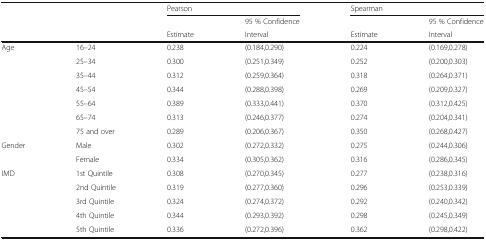
<table><thead><tr><td rowspan="3" colspan="2"></td><td colspan="2"><b>Pearson</b></td><td colspan="2"><b>Spearman</b></td></tr><tr><td></td><td><b>95 % Confidence</b></td><td></td><td><b>95 % Confidence</b></td></tr><tr><td><b>Estimate</b></td><td><b>Interval</b></td><td><b>Estimate</b></td><td><b>Interval</b></td></tr></thead><tbody><tr><td rowspan="7">Age</td><td>16–24</td><td>0.238</td><td>(0.184,0.290)</td><td>0.224</td><td>(0.169,0.278)</td></tr><tr><td>25–34</td><td>0.300</td><td>(0.251,0.349)</td><td>0.252</td><td>(0.200,0.303)</td></tr><tr><td>35–44</td><td>0.312</td><td>(0.259,0.364)</td><td>0.318</td><td>(0.264,0.371)</td></tr><tr><td>45–54</td><td>0.344</td><td>(0.288,0.398)</td><td>0.269</td><td>(0.209,0.327)</td></tr><tr><td>55–64</td><td>0.389</td><td>(0.333,0.441)</td><td>0.370</td><td>(0.312,0.425)</td></tr><tr><td>65–74</td><td>0.313</td><td>(0.246,0.377)</td><td>0.274</td><td>(0.204,0.341)</td></tr><tr><td>75 and over</td><td>0.289</td><td>(0.206,0.367)</td><td>0.350</td><td>(0.268,0.427)</td></tr><tr><td rowspan="2">Gender</td><td>Male</td><td>0.302</td><td>(0.272,0.332)</td><td>0.275</td><td>(0.244,0.306)</td></tr><tr><td>Female</td><td>0.334</td><td>(0.305,0.362)</td><td>0.316</td><td>(0.286,0.345)</td></tr><tr><td rowspan="5">IMD</td><td>1st Quintile</td><td>0.308</td><td>(0.270,0.345)</td><td>0.277</td><td>(0.238,0.316)</td></tr><tr><td>2nd Quintile</td><td>0.319</td><td>(0.277,0.360)</td><td>0.296</td><td>(0.253,0.339)</td></tr><tr><td>3rd Quintile</td><td>0.324</td><td>(0.274,0.372)</td><td>0.292</td><td>(0.240,0.342)</td></tr><tr><td>4th Quintile</td><td>0.344</td><td>(0.293,0.392)</td><td>0.298</td><td>(0.245,0.349)</td></tr><tr><td>5th Quintile</td><td>0.336</td><td>(0.272,0.396)</td><td>0.362</td><td>(0.298,0.422)</td></tr></tbody></table>